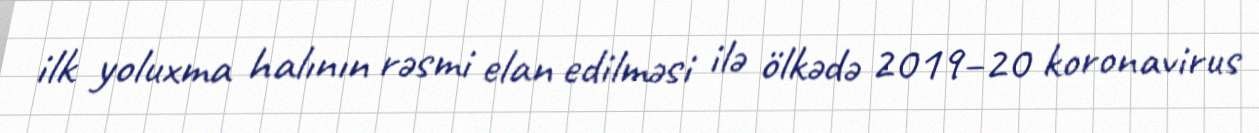
ilk yoluxma halının rəsmi elan edilməsi ilə ölkədə 2019–20 koronavirus